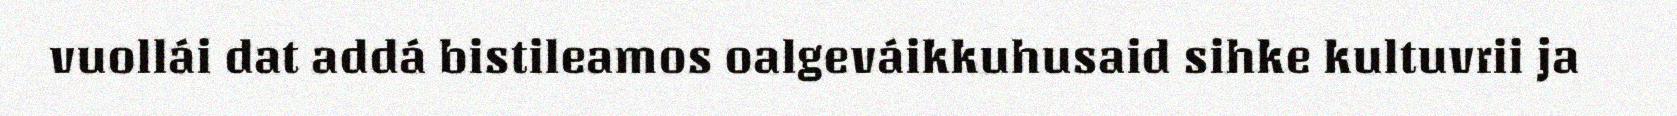
vuollái dat addá bistileamos oalgeváikkuhusaid sihke kultuvrii ja